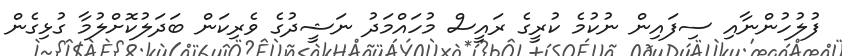
ފުލުހުންނާއި ސިފައިން ނުކުމެ ކުރީގެ ރައީސް މުހައްމަދު ނަޝީދުގެ ވެރިކަން ބަދަލުކޮށްލުމާ ގުޅިގެން